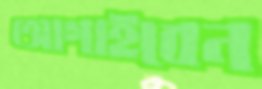
আগাইবেন